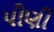
પીણી